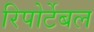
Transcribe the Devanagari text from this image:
रिपोर्टेबल